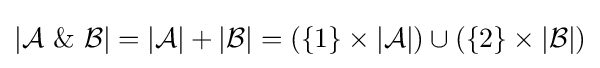
|{\mathcal {A}}\ \&\ {\mathcal {B}}|=|{\mathcal {A}}|+|{\mathcal {B}}|=(\{1\}\times |{\mathcal {A}}|)\cup (\{2\}\times |{\mathcal {B}}|)